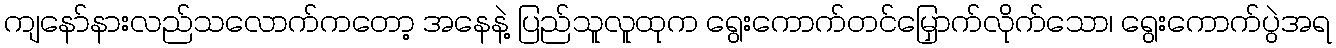
ကျနော်နားလည်သလောက်ကတော့ အနေနဲ့ ပြည်သူလူထုက ရွေးကောက်တင်မြှောက်လိုက်သော၊ ရွေးကောက်ပွဲအရ